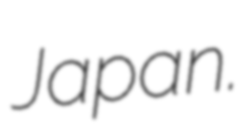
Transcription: Japan.